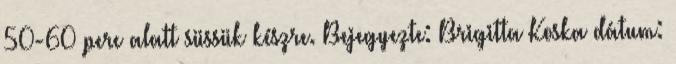
50-60 perc alatt süssük készre. Bejegyezte: Brigitta Koska dátum: